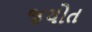
જયોત